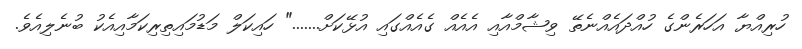
ހުރިއްޔާ އަހަރެންގެ ހުއްދައެއްނެތޭ ވިޝާމްއާއި އެއެއް ގެއެއްގައި އުޅޭކަށް......." ހައިކަލް މަޑުމައިތިރިކަމާއިއެކު ބުނެލިއެވެ.